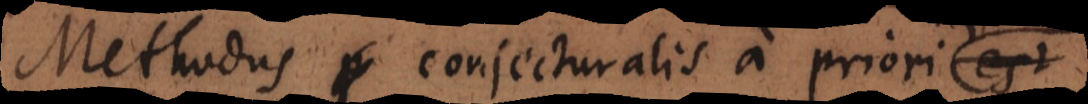
Methodus p conjecturalis a priori